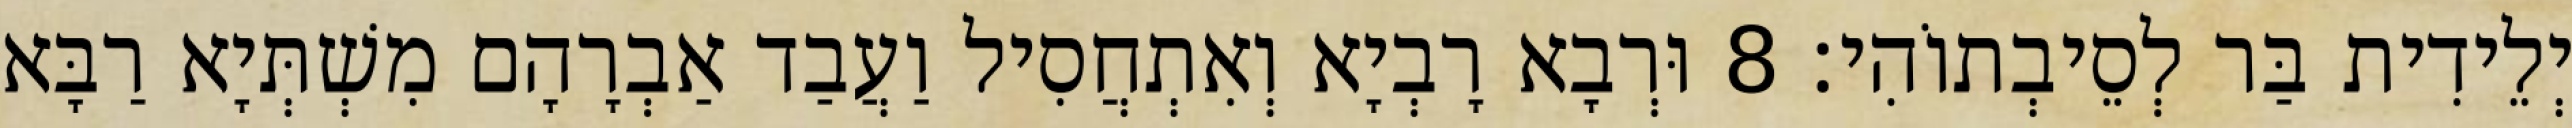
יְלֵידִית בַּר לְסֵיבְתוֹהִי׃ 8 וּרְבָא רָבְיָא וְאִתְחֲסִיל וַעֲבַד אַבְרָהָם מִשְׁתְּיָא רַבָּא